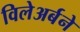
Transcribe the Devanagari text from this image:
विलेअर्बने